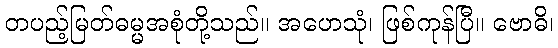
တပည့်မြတ်ဓမ္မအစုံတို့သည်။ အဟေသုံ၊ ဖြစ်ကုန်ပြီ။ ဗောဓိ၊